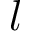
l